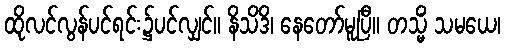
ထိုလင်လွန်ပင်ရင်း၌ပင်လျှင်။ နိသိဒိ၊ နေတော်မူပြီ။ တသ္မိံ သမယေ၊